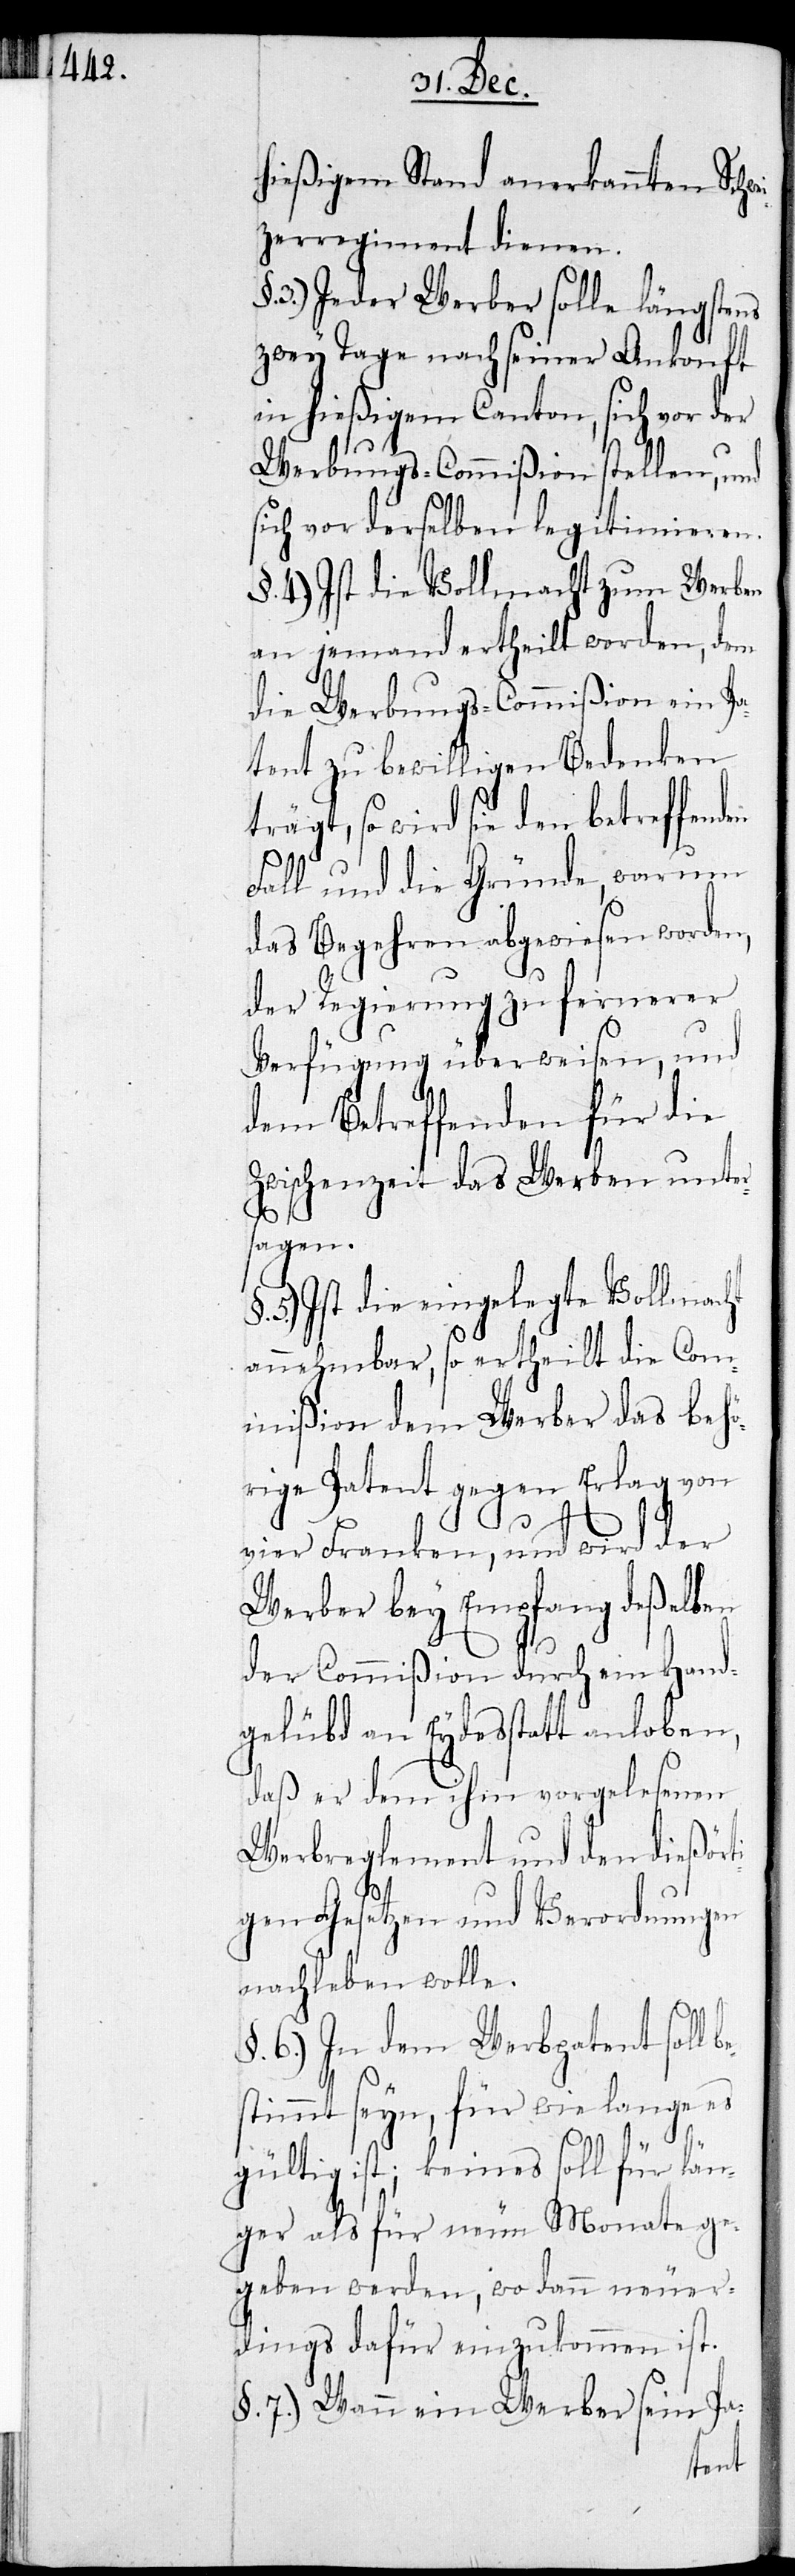
hießigem Stand anerkannten Schw¬
zerregiment dienen.
3.) Jeder Werber solle längstens
zwey Tage nach seiner Ankonft
in hießigem Canton, sich vor der
Werbungs-Commißion stellen, und
sich vor derselben legitimieren.
§. 4.) Ist die Vollmacht zum Werben
an jemand ertheilt worden, dem
die Werbungs-Commißion ein pa¬
tent zu bewilligen Bedenken
trägt, so wird sie den betreffend¬
Fall und die gründe, warum
das Begehren abgewiesen worden,
der Regierung zu fernerer
Verfügung überweisen, und
dem Betreffenden für die
Zwischenzeit das Werben unter¬
sagen.
5.) Ist die eingelegte Vollmacht
annehmbar, so ertheilt die Com¬
mißion dem Werber das behö¬
rige Patent gegen Erlag von
vier Franken, und wird der
Werber bey Empfang deßelben
be¬
der Commißion durch ein Hand¬
gelübd an Eydesstatt anloben,
daß er dem ihm vorgelesenen
Werbreglement und den dießört¬
igen Gesetzen und Verordnungen
nachleben wolle.
6.) In dem Werbpatent soll
stimmt seyn, für wie lange es
gültig ist; keines soll für län¬
ger als für neun Monate ge¬
geben werden, wo dann neuer¬
dings dafür einzukommen ist.
§. 7.) Wann ein Werber sein Pa-